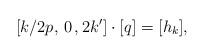
LaTeX: \begin{align*}[k/2p, \, 0\,, 2k'] \cdot [q] = [h_k],\end{align*}